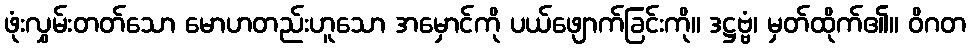
ဖုံးလွှမ်းတတ်သော မောဟတည်းဟူသော အမှောင်ကို ပယ်ဖျောက်ခြင်းကို။ ဒဋ္ဌဗ္ဗံ၊ မှတ်ထိုက်၏။ ဝိဂတ